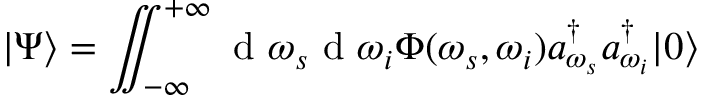
| \Psi \rangle = \iint _ { - \infty } ^ { + \infty } \mathrm { ~ d ~ } \omega _ { s } \mathrm { ~ d ~ } \omega _ { i } \Phi ( \omega _ { s } , \omega _ { i } ) a _ { \omega _ { s } } ^ { \dagger } a _ { \omega _ { i } } ^ { \dagger } | 0 \rangle